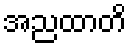
အညထာတိ